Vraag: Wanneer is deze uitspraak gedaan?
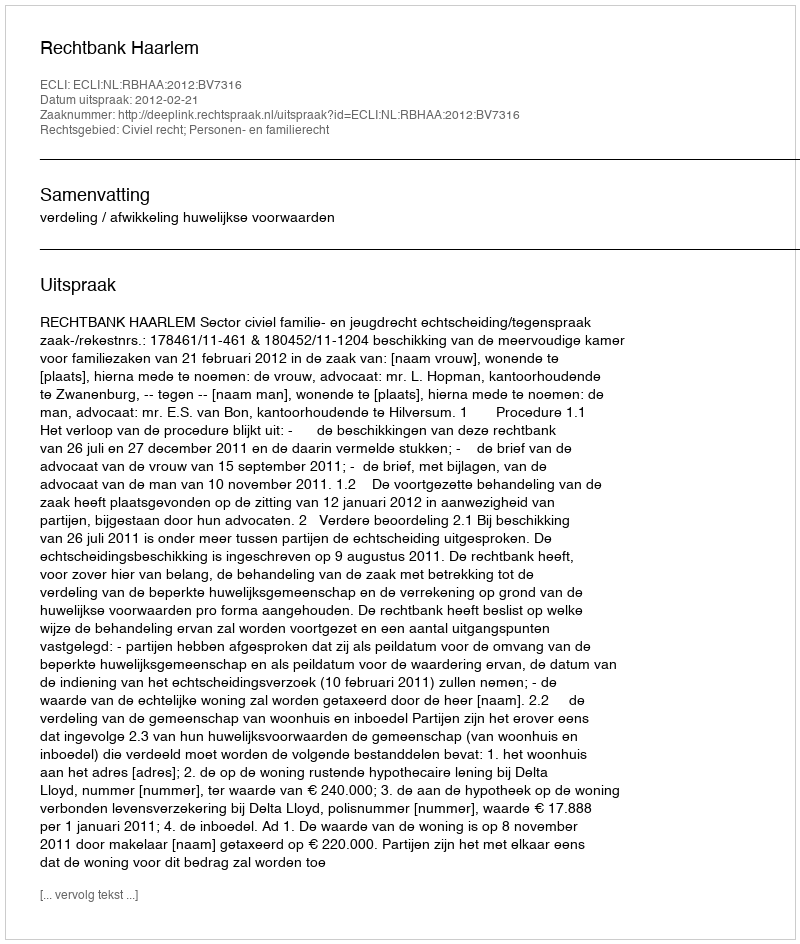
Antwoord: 2012-02-21